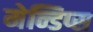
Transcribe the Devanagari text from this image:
मेन्डिप्स